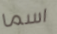
اسما